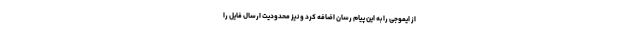
از ایموجی را به این پیام رسان اضافه کرد و نیز محدودیت ارسال فایل را